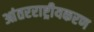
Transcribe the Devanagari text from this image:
आंतरराष्ट्रीयकरण